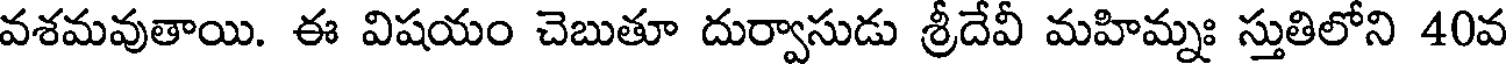
వశమవుతాయి. ఈ విషయం చెబుతూ దుర్వాసుడు శ్రీదేవీ మహిమ్నః స్తుతిలోని 40వ